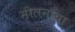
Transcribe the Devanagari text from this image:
मीलनाचा